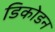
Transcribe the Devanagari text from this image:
डिकोडन